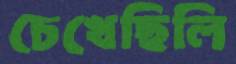
চেখেছিলি